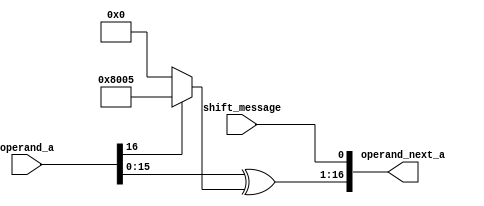
module XOR(
input [16:0] operand_a,
input shift_message,
output [16:0] operand_next_a
);


wire [16:0] operand_b;
wire [16:0] intermediate_result;


assign operand_b = operand_a[16] ? 17'b1_1000_0000_0000_0101 : 17'd0;

assign intermediate_result = operand_a ^ operand_b;

assign operand_next_a = {intermediate_result[15:0],shift_message};

endmodule